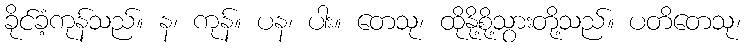
ခိုင်ခံ့ကုန်သည်။ န၊ ကုန်။ ပန၊ ပါး။ တေသု၊ ထိုနို့စို့သွားတို့သည်။ ပတိတေသု၊